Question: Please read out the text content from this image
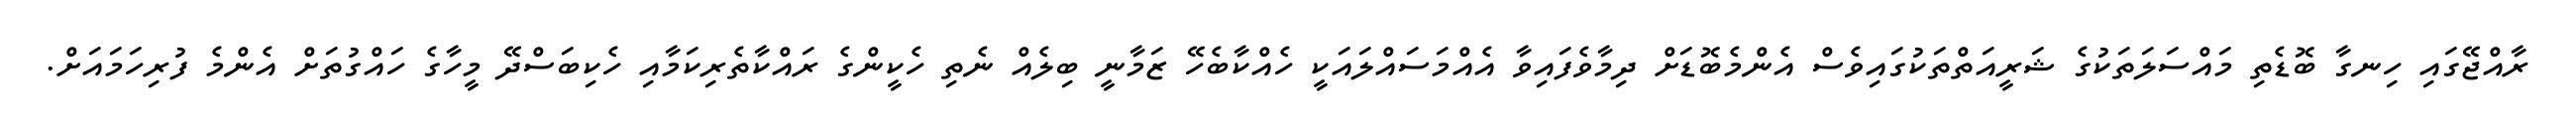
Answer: ރާއްޖޭގައި ހިނގާ ބޮޑެތި މައްސަލަތަކުގެ ޝަރީއަތްތަކުގައިވެސް އެންމެބޮޑަށް ދިމާވެފައިވާ އެއްމަސައްލައަކީ ހެއްކާބެހޭ ޒަމާނީ ބިލެއް ނެތި ހެކީންގެ ރައްކާތެރިކަމާއި ހެކިބަސްދޭ މީހާގެ ހައްގުތަށް އެންމެ ފުރިހަމައަށް.